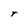
Character: r